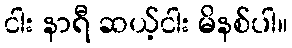
ငါး နာရီ ဆယ့်ငါး မိနစ်ပါ။